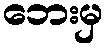
ဘေးမှ